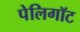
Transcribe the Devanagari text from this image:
पेलिगॉट